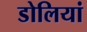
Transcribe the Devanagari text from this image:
डोलियां